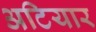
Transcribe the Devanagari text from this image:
अटियार